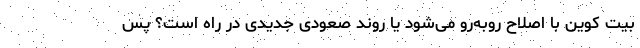
بیت کوین با اصلاح روبه‌رو می‌شود یا روند صعودی جدیدی در راه است؟ پس